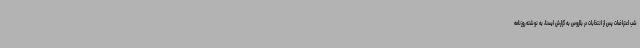
شب اعتراضات پس از انتخابات در بلاروس به گزارش ایسنا، به نوشته روزنامه